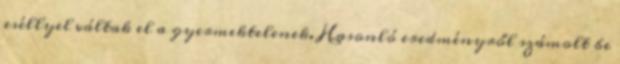
eséllyel váltak el a gyermektelenek. Hasonló eredményről számolt be